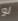
لو